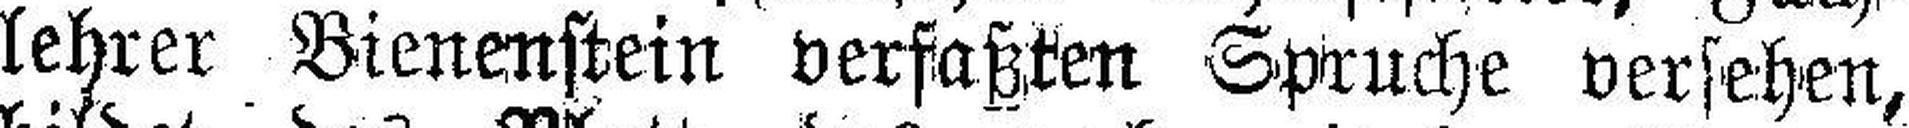
lehrer Bienenstein verfaßten Spruche versehen,